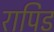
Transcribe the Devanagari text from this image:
रापिड